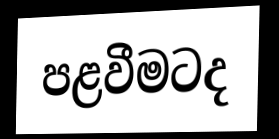
පළවීමටද